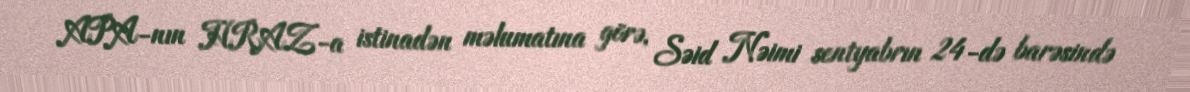
APA-nın HRAZ-a istinadən məlumatına görə, Səid Nəimi sentyabrın 24-də barəsində